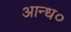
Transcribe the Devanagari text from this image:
आन्ध०